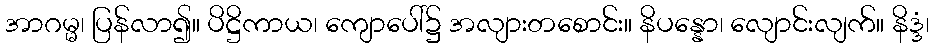
အာဂမ္မ၊ ပြန်လာ၍။ ပိဋ္ဌိကာယ၊ ကျောပေါ်၌ အလျားတစောင်း။ နိပန္နော၊ လျောင်းလျက်။ နိဒ္ဒံ၊